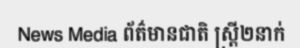
News Media ព័ត៌មានជាតិ ស្ត្រី២នាក់